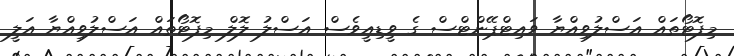
މިފޮޓޯތައް އަސްލުވިއްޔާ ވައިޓްޕޭންޓްސް ގެ ވީޑިއީވެސް އަސްލު ލޮލް މިފޮޓޯތައް އަސްލުވިއްޔާ އަލީ